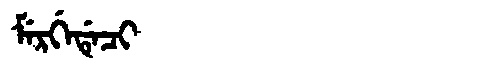
Manchu: ᠮᡝᡵᡤᡝᡩᡝᠴᡳ
Romanization: MERGEDECI